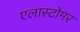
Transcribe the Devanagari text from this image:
एलास्टोमर